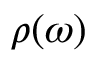
\rho ( \omega )